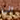
الى